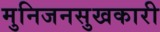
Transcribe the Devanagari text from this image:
मुनिजनसुखकारी